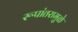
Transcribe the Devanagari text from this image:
रूपांतरामुळे